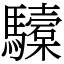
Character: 驝